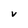
Character: V